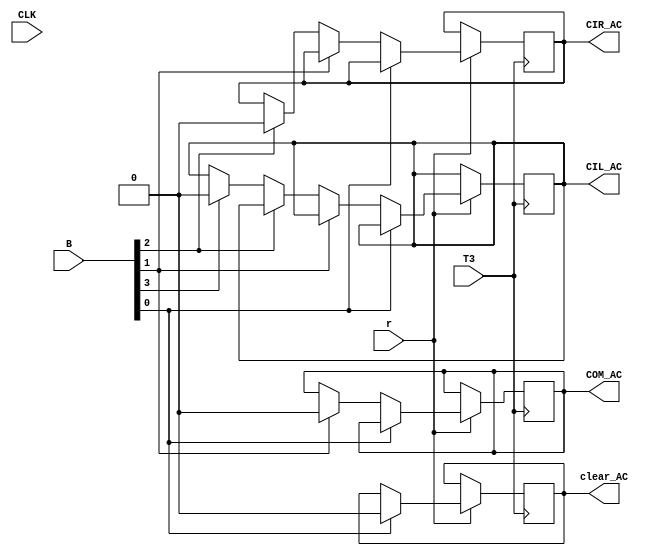
`timescale 1ns / 1ps

module register_reference_instructions(
    input wire CLK,
    input wire r,
    input wire T3,
    input [3:0] B,
    output reg clear_AC,
    output reg COM_AC,
    output reg CIR_AC,
    output reg CIL_AC
    );
initial begin
    clear_AC = 0;
    COM_AC = 0;
    CIR_AC = 0;
    CIL_AC = 0;
end

    always @(posedge T3) begin
    if(r == 1) begin
        if (B[0]) begin
            clear_AC = 1;
            #1 clear_AC = 0;
        end else if (B[1]) begin
            COM_AC = 1;
            #1 COM_AC = 0;
        end else if (B[2]) begin
            CIR_AC = 1;
            #1 CIR_AC = 0;
        end else if (B[3]) begin
            CIL_AC = 1;
            #1 CIL_AC = 0;
        end       
    end
    
end
endmodule